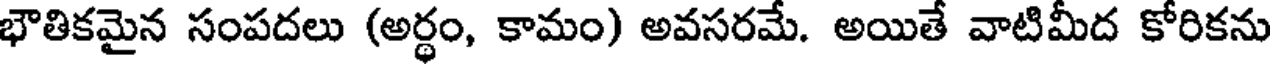
భౌతికమైన సంపదలు (అర్థం, కామం) అవసరమే. అయితే వాటిమీద కోరికను